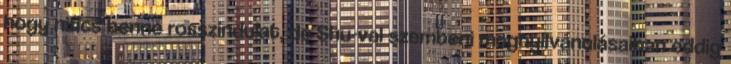
hogy nincs benne rosszindulat, de Shu-val szembeni megnyilvánulásaiban eddig